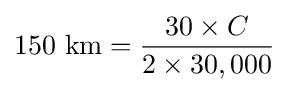
{\text{150 km}}={\frac {30\times C}{2\times 30,000}}